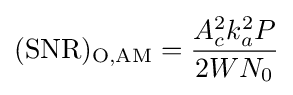
\mathrm {(SNR)_{O,AM}} ={\frac {A_{c}^{2}k_{a}^{2}P}{2WN_{0}}}